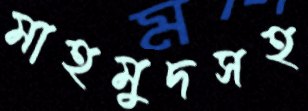
মাহমুদসহ